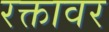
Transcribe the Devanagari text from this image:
रक्तावर